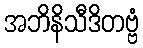
အဘိနိသီဒိတဗ္ဗံ